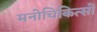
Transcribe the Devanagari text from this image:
मनोचिकित्सों